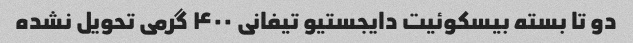
دو تا بسته بیسکوئیت دایجستیو تیفانی ۴۰۰ گرمی تحویل نشده